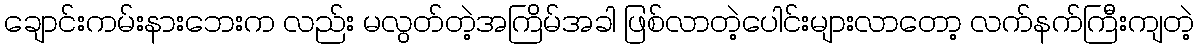
ချောင်းကမ်းနားဘေးက လည်း မလွတ်တဲ့အကြိမ်အခါ ဖြစ်လာတဲ့ပေါင်းများလာတော့ လက်နက်ကြီးကျတဲ့